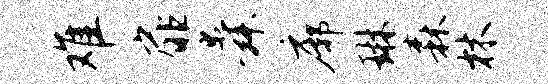
难扉舜廓琳森林